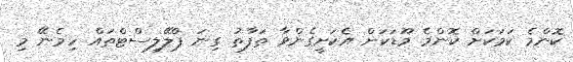
ކޮންމެ ކަމަކަށް ކޮންމެ މޫޑަކަށް އެކަށީގެންވާ ތަފާތު ގިނަ ޕްލޭލިސްޓްތައް ހިމެނޭ މި